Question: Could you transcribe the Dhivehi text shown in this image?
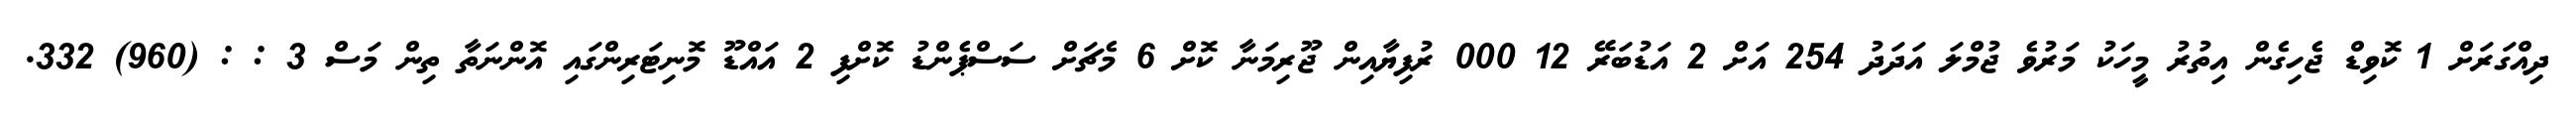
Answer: ދިއްގަރަށް 1 ކޮވިޑް ޖެހިގެން އިތުރު މީހަކު މަރުވެ ޖުމްލަ އަދަދު 254 އަށް 2 އަޑުބަރޭ 12 000 ރުފިޔާއިން ޖޫރިމަނާ ކޮށް 6 މެޗަށް ސަސްޕެންޑު ކޮށްފި 2 އައްޑޫ މޮނިޓަރިންގައި އޮންނަތާ ތިން މަސް 3 : : (960) 332.